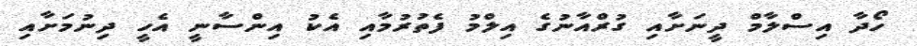
ހޯދާ އިސްލާމް ދީނަށާއި ގުރްއާނުގެ އިލްމު ފެތުރުމާއި އެކު އިންސާނީ އެހީ ދިނުމަށާއި